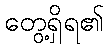
တွေ့ရှိရ၏